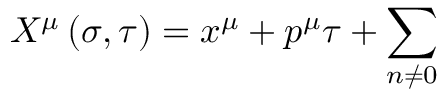
X ^ { \mu } \left( \sigma , \tau \right) = x ^ { \mu } + p ^ { \mu } \tau + \sum _ { n \neq 0 }